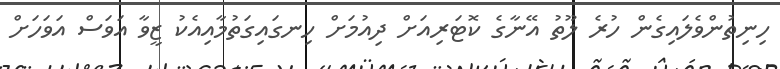
ހިނިތުންވެލައިގެން ހުރެ ލޫތު އޭނާގެ ކޮޓަރިއަށް ދިއުމަށް ހިނގައިގަތުމާއިއެކު ޒީވާ އަވަސް އަވަހަށް